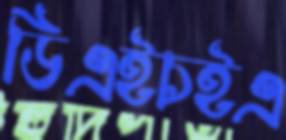
ডিএইচইএ